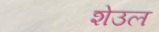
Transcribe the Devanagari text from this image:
शेउल